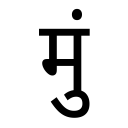
OCR:
मुं